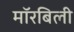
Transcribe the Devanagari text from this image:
मॉरबिली